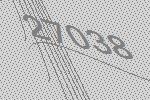
27038